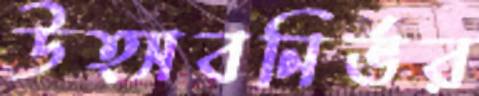
উত্সবনির্ভর